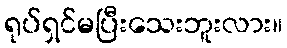
ရုပ်ရှင်မပြီးသေးဘူးလား။